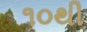
૧૦થી